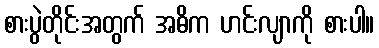
စားပွဲတိုင်းအတွက် အဓိက ဟင်းလျာကို စားပါ။